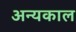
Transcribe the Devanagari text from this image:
अन्यकाल